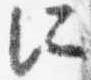
所